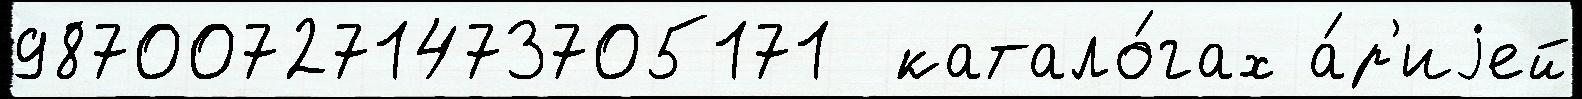
987007271473705171  катало́гах а́р'иjей